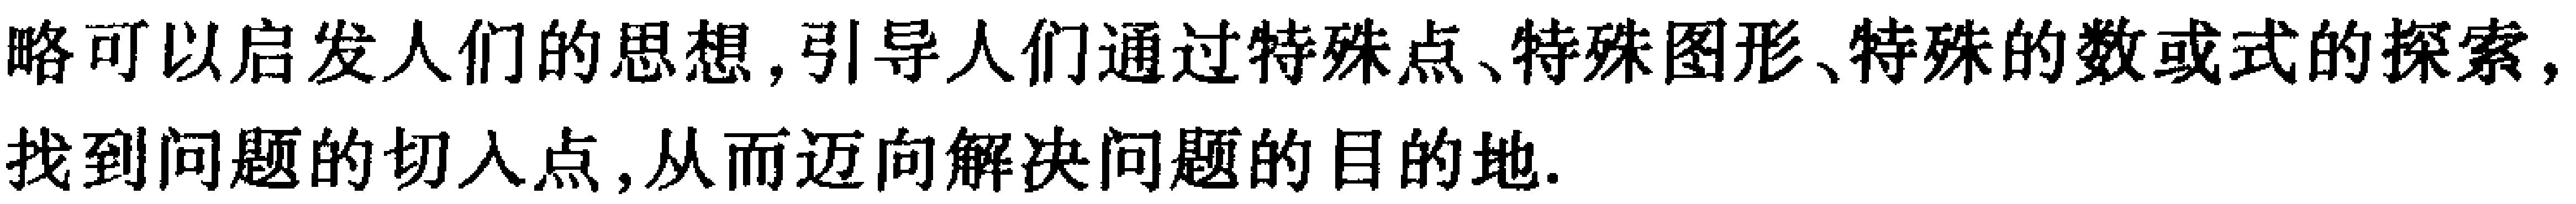
略可以启发人们的思想,引导人们通过特殊点、特殊图形、特殊的数或式的探索,找到问题的切入点,从而迈向解决问题的目的地.